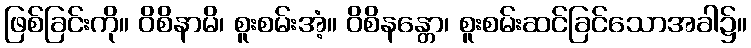
ဖြစ်ခြင်းကို။ ဝိစိနာမိ၊ စူးစမ်းအံ့။ ဝိစိနန္တော၊ စူးစမ်းဆင်ခြင်သောအခါ၌။